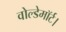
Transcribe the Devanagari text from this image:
वोल्डेमॉर्ट।